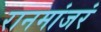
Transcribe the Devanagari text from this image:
रानमांजरं